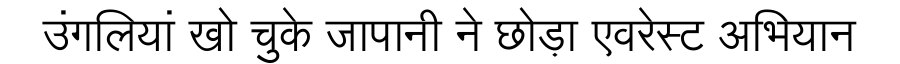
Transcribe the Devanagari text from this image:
उंगलियां खो चुके जापानी ने छोड़ा एवरेस्ट अभियान